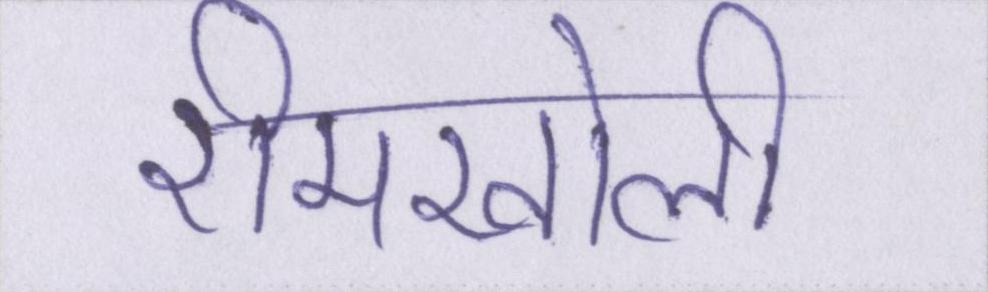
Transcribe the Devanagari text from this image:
रीमखोली